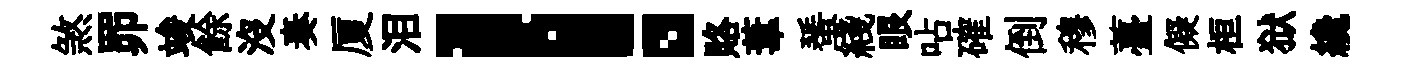
煞𦊑竣餘沒奏厦泪！賂葦蜑綫眼呫確倒穆薹儗桓狱纔